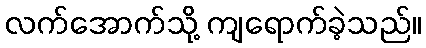
လက်အောက်သို့ ကျရောက်ခဲ့သည်။